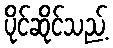
ပိုင်ဆိုင်သည့်